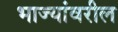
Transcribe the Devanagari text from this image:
भाज्यांवरील